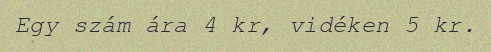
Egy szám ára 4 kr, vidéken 5 kr.